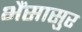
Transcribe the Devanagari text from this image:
भैंसासुर